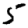
Digit: 5